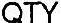
QTY